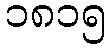
၁၈၁၅